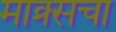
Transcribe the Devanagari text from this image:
माक्र्सचा